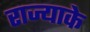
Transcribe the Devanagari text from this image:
राज्याके